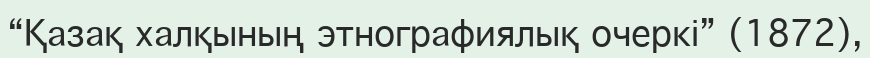
“Қазақ халқының этнографиялық очеркі” (1872),